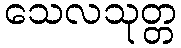
သေလသုတ္တ